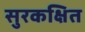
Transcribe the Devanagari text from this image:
सुरकक्षित